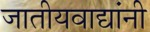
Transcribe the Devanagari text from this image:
जातीयवाद्यांनी